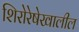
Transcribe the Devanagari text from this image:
शिरोरेषेखालील